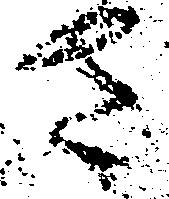
さ